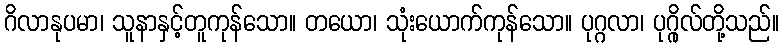
ဂိလာနုပမာ၊ သူနာနှင့်တူကုန်သော။ တယော၊ သုံးယောက်ကုန်သော။ ပုဂ္ဂလာ၊ ပုဂ္ဂိုလ်တို့သည်။